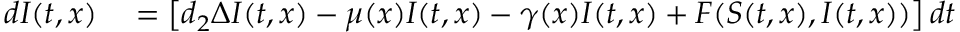
\begin{array} { r l } { d I ( t , x ) } & { { } = \left[ d _ { 2 } \Delta I ( t , x ) - \mu ( x ) I ( t , x ) - \gamma ( x ) I ( t , x ) + { F ( S ( t , x ) , I ( t , x ) ) } \right] d t } \end{array}